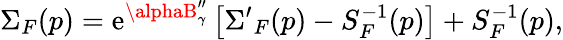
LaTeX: \Sigma_{F}(p)=\mathrm{e}^{\alphaB_{\gamma}^{\prime\prime}}\left[{\Sigma^{\prime}}_{F}(p)-S_{F}^{-1}(p)\right]+S_{F}^{-1}(p),